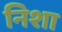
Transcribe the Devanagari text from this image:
निशा